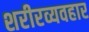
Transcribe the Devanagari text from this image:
शरीरव्यवहार